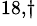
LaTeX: ^{18,\dagger}